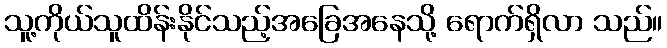
သူ့ကိုယ်သူထိန်းနိုင်သည့်အခြေအနေသို့ ရောက်ရှိလာ သည်။